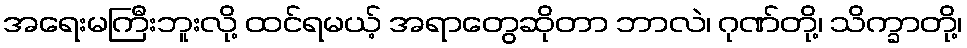
အရေးမကြီးဘူးလို့ ထင်ရမယ့် အရာတွေဆိုတာ ဘာလဲ၊ ဂုဏ်တို့၊ သိက္ခာတို့၊